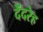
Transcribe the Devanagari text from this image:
देंदरेह